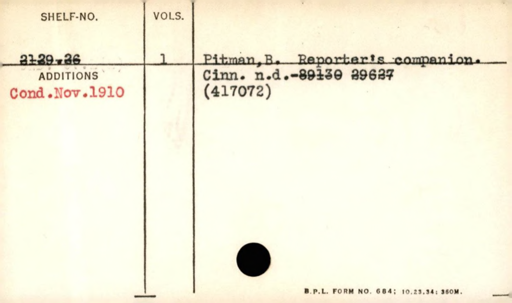
Label: content